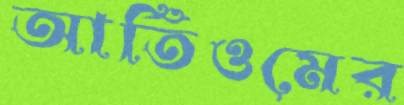
আর্তিওমের